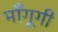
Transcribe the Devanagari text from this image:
माँगूगी